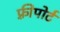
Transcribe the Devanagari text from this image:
फ़्रीपोर्ट